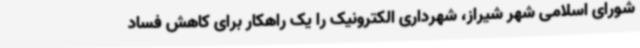
شورای اسلامی شهر شیراز، شهرداری الکترونیک را یک راهکار برای کاهش فساد